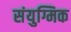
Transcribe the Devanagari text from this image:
संयुग्मिक